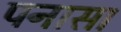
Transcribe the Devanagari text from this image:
पनासा